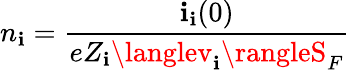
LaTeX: n_{\mathbf{i}}={\frac{{\mathbf{i}_{\mathbf{i}}(0)}}{{eZ_{\mathbf{i}}\langlev_{\mathbf{i}}\rangleS_{F}}}}